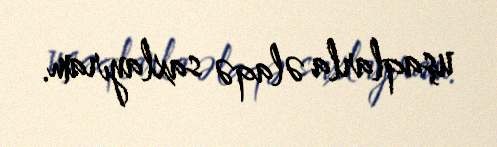
uşaqlarla əlaqə saxlayıram.